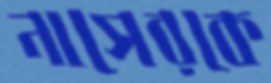
নাসেরকে